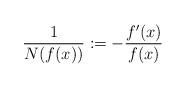
LaTeX: \begin{align*}\frac{1}{N(f(x))}:=-\frac{f'(x)}{f(x)} \end{align*}